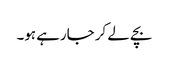
بچے لے کر جارہے ہو۔